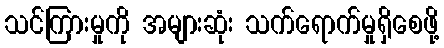
သင်ကြားမှုကို အများဆုံး သက်ရောက်မှုရှိစေဖို့